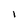
Character: 1